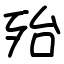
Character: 殆